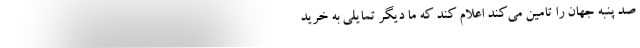
صد پنبه جهان را تامین می‌کند اعلام کند که ما دیگر تمایلی به خرید